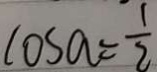
\cos a = \frac { 1 } { 2 }